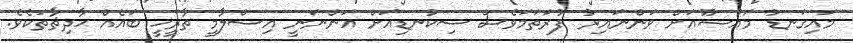
މައިގަނޑު މައުޟޫއަށް ވަންނައިރު ފުރަތަމަވެސް ސިކުނޑިއަށް އަންނަނީ އިސްލާމީ ތާރީޚީ ބައެއް ޙާދިޘާތަކެވެ.